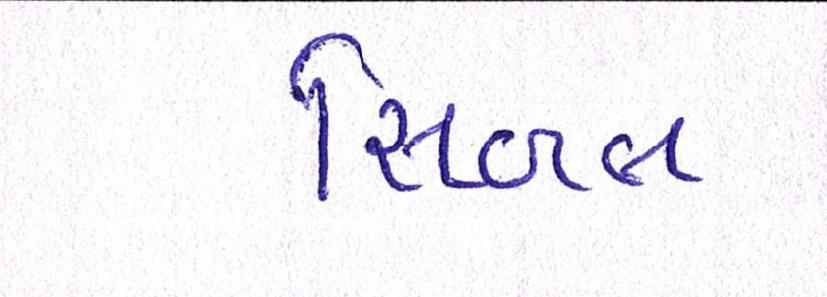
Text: સિબલ